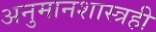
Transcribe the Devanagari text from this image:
अनुमानशास्त्रही